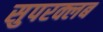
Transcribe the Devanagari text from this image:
सुपरक्लब